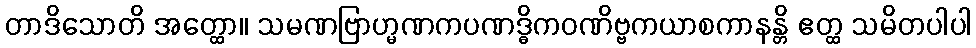
တာဒိသောတိ အတ္ထော။ သမဏဗြာဟ္မဏကပဏဒ္ဓိကဝဏိဗ္ဗကယာစကာနန္တိ ဧတ္ထ သမိတပါပါ